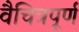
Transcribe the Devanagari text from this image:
वैचित्रपूर्ण